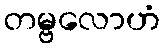
တမ္ဗလောဟံ